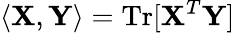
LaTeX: \langle{\mathbf X},{\mathbf Y}\rangle=\mathrm{Tr}[{\mathbf X}^{T}{\mathbf Y}]